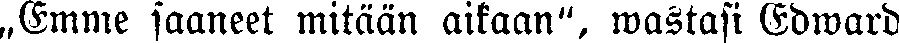
„Emme saaneet mitään aikaan", wastasi Edward